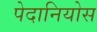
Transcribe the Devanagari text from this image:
पेदानियोस